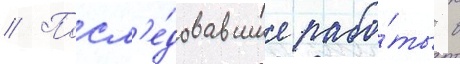
// Посл'е́довавшие рабо́ты в